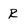
Character: R